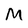
Character: M